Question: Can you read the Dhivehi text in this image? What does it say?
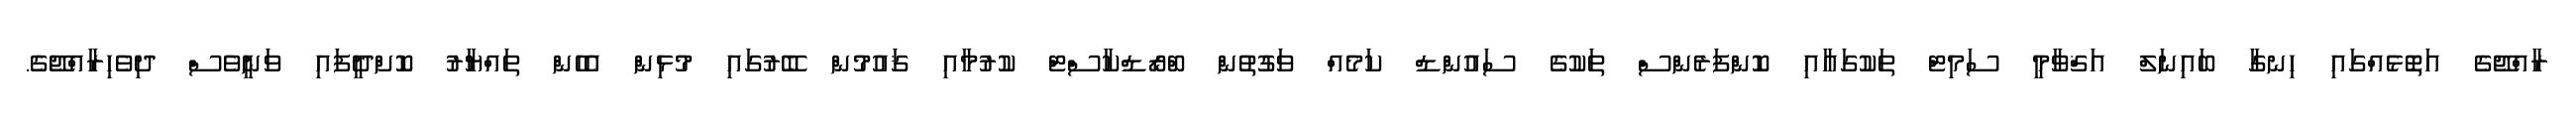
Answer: ރާއްޖޭގެ އަތޮޅެއްގައި ހިނގާ ބައިނަލް އަޤްވާމީ ސަމިޓް ތަކުގައާއި ކޮންފަރެންސް ތަކުގެ ސައުންޑް ކަމެއް ވަގުތުން ބްރޯޑްކާސްޓް ކުރުމާއި ޤައުމުން ބޭރުގައި މުޅިން އެހެން ތައްޔާރު ކޮށްދީފައި ވަނީވެސް ދިވެހިރާއްޖޭގެ.